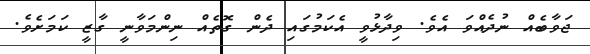
ޖަވާބެއް ނުދެއްވަ އެވެ. ވިދާޅުވީ އެކަމުގައި ދެން ގޮތެއް ނިންމަވާނީ ގާޒީ ކަމަށެވެ.